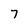
Character: 7